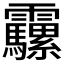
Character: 𩇍